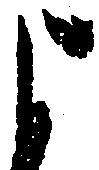
よ